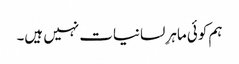
ہم کوئی ماہرِ لسانیات نہیں ہیں۔